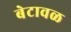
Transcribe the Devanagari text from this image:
बेटावळ